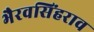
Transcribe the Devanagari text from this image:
भैरवसिंहराव